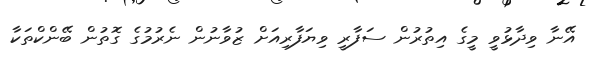
އޭނާ ވިދާޅުވީ މީގެ އިތުރުން ސަފާރީ ވިޔަފާރިއަށް ޒުވާނުން ނެރުމުގެ ގޮތުން ބޭންކްތަކާ